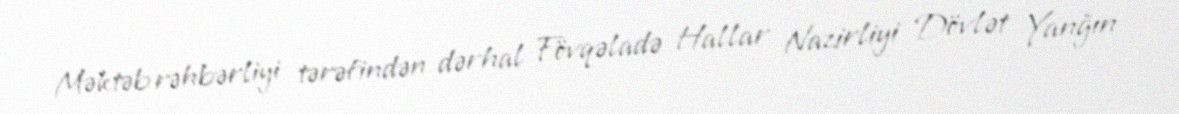
Məktəb rəhbərliyi tərəfindən dərhal Fövqəladə Hallar Nazirliyi Dövlət Yanğın